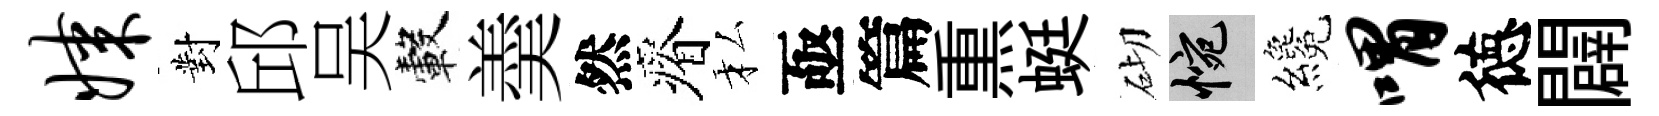
媒對邱吴轂羮然瘠私亟篇𤋱蜓砌惋纔喟徳闢